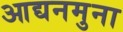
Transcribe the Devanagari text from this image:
आद्यनमुना